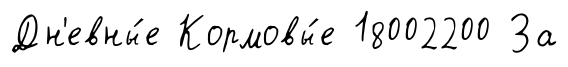
Дн'евны́е Кормовы́е 18002200 За